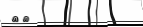
٢٥